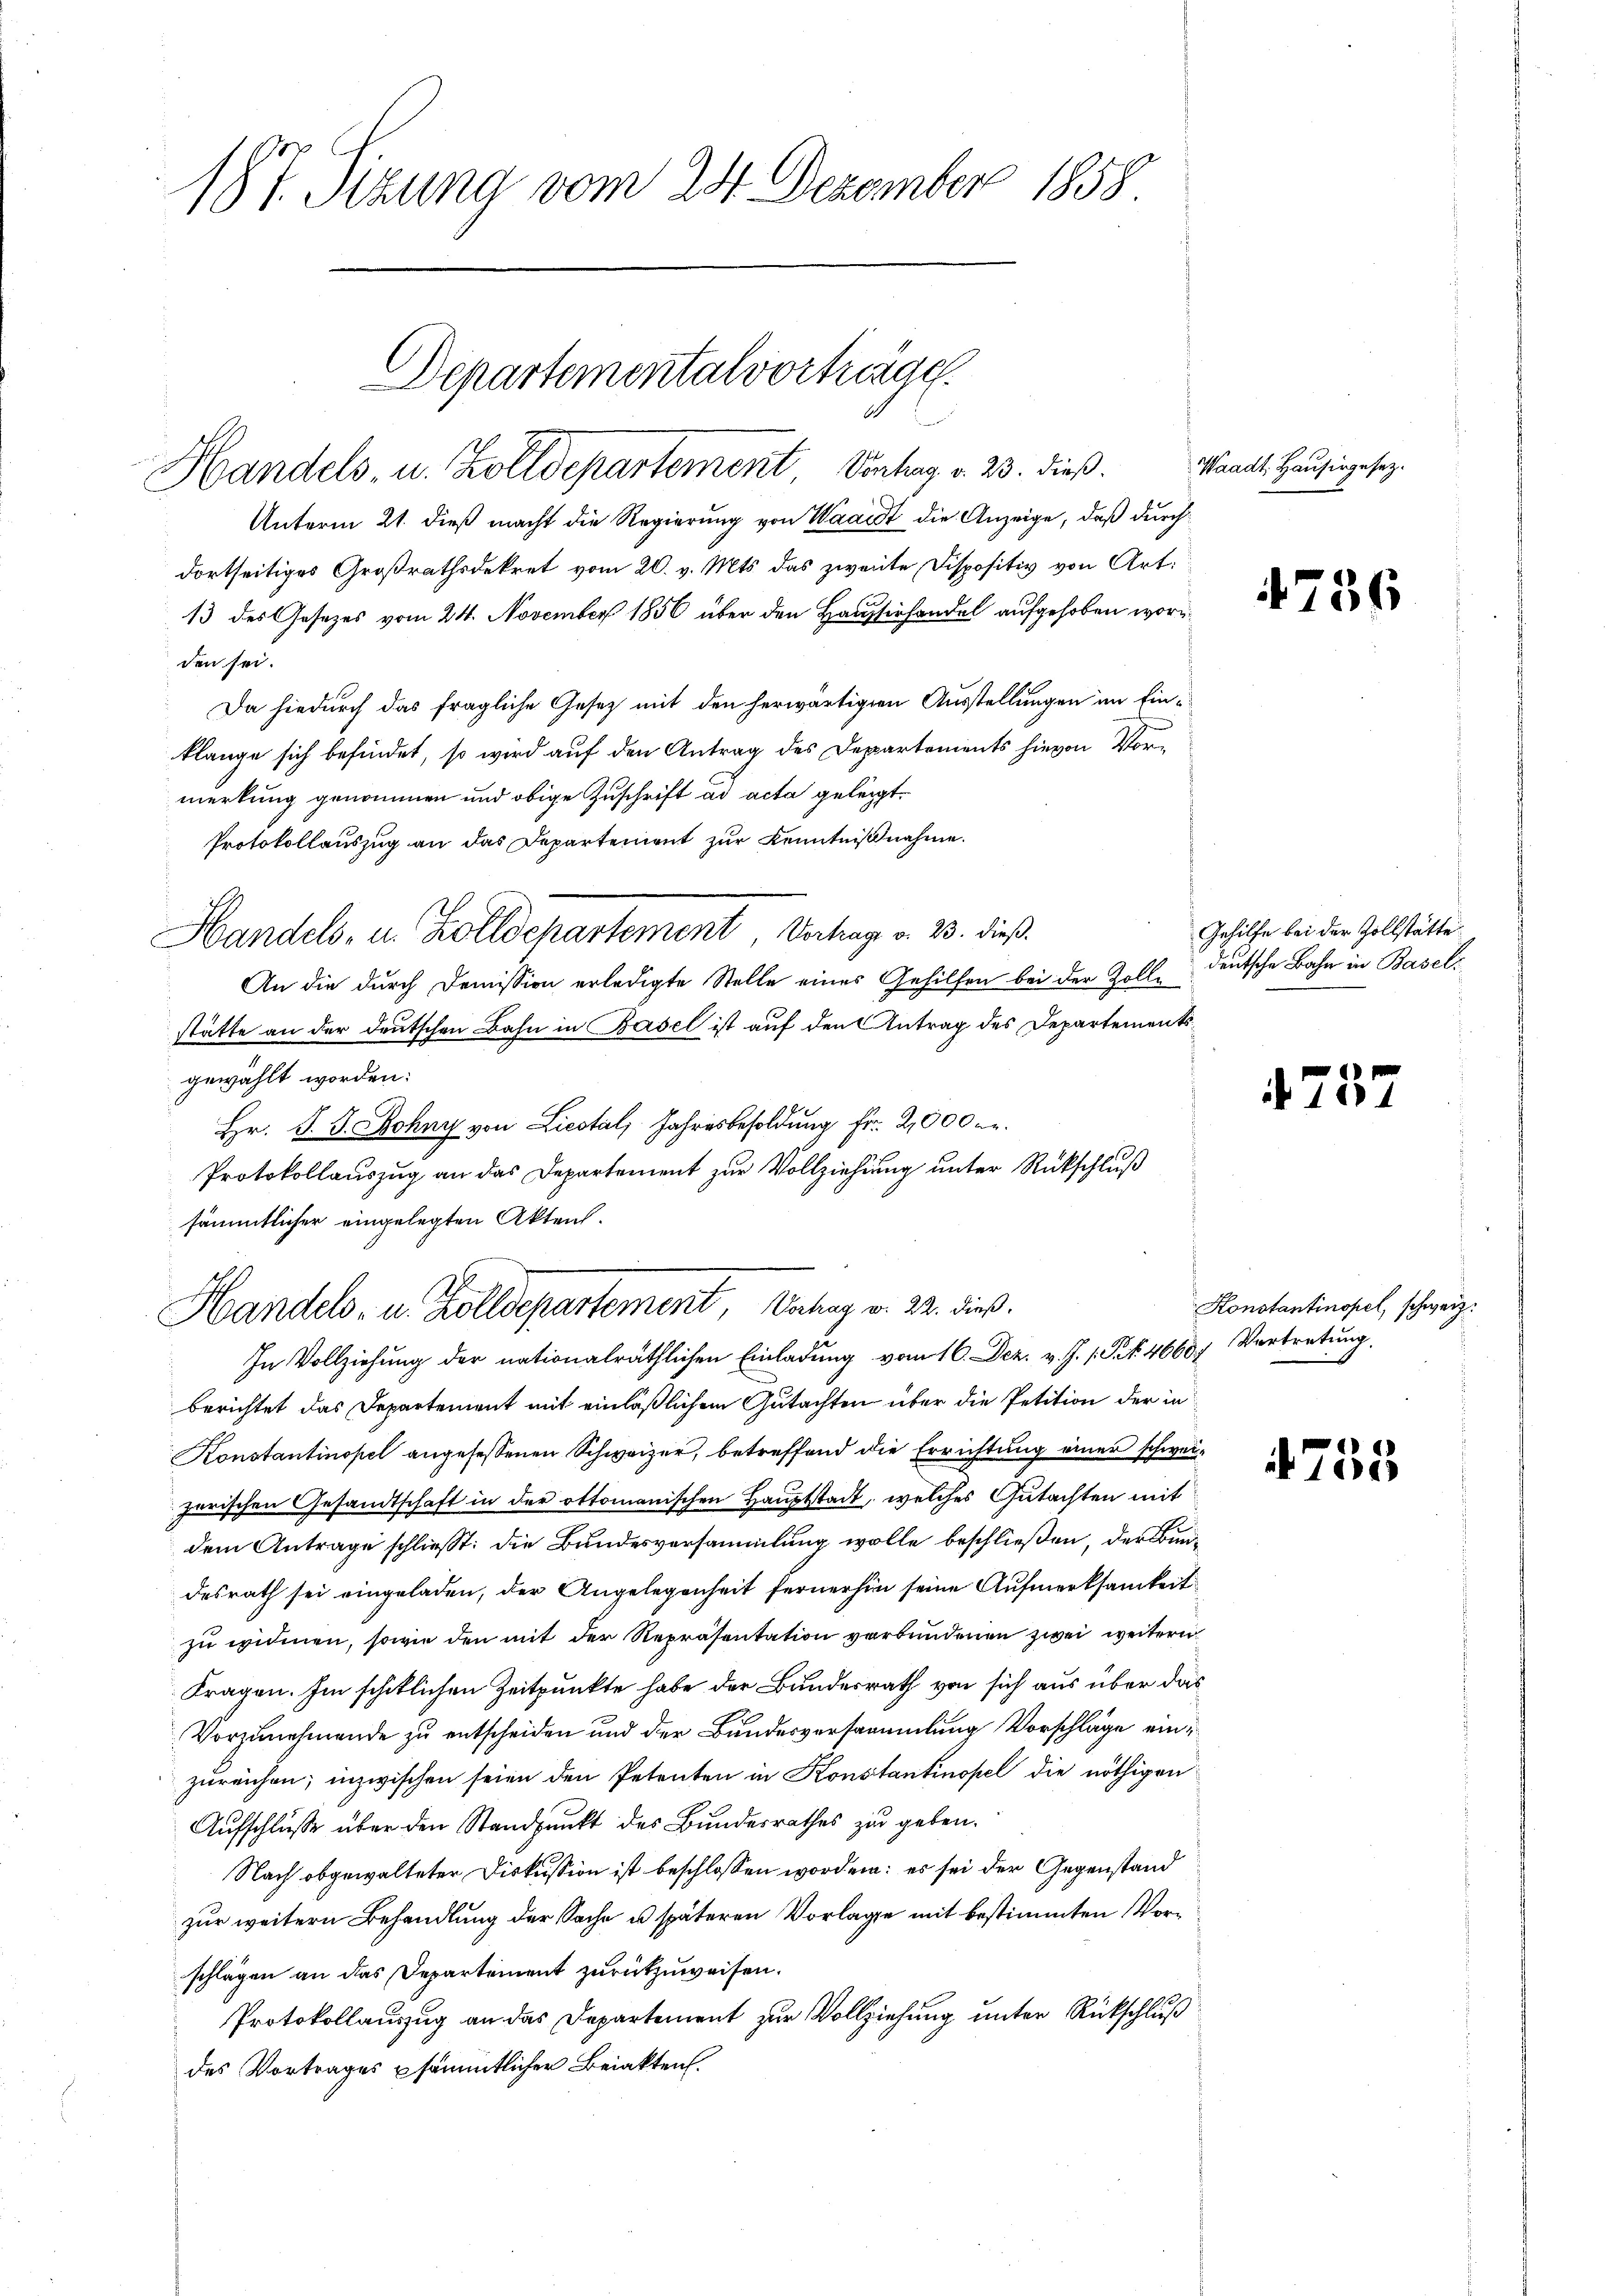
187. Sizung vom 24. Dezember 1858

Departementalvortrage
Handels- u. Zolldepartement Verhang v. 23. dieß.

Unterm 21. dieß macht die Regierung von Waadt die Anzeige, daß durch
dortseitiges Großrathsdekret vom 20. v. Mts. das zweite Dispositiv von Art.
13 des Gesezes vom 24. November 1856 über den Hausserhandel aufgehoben worden sei.
Da hiedurch das fragliche Gesetz mit den herwärtigen Ausstellungen im Einklange sich befindet, so wird auf den Antrag des Departements hievon Vormerkung genommen und obige Zuschrift ad acta geleigt.
Protokollauszug an das Departement zur Kenntnißnahme.
Handels- u. Zolldepartement Vertrag v. 23. dieß.
An die durch Demission erledigte Stelle eines Gehilfen bei der Zolle
stätte an der deutschen Bahn in Basel ist auf den Antrag des Departementsgewählt worden:
Hr. P. G. Rohny von Liestal, Jahresbesoldung fr. 2,000 gr.
Protokollauszug an das Departement zur Vollziehung unter Rückschluß
sämmtlicher eingelegten Akten.

Handels- u. Zolldepartement, Unhang v. 23. dieß.
In Vollziehung der nationalräthlichen Einladung vom 16. Dez. v. J. 1. Frk. 46607

berichtet das Departement mit einläßlichem Gutachten über die Petition der in
Konstantinopel angesessenen Schweizer, betreffend die Errichtung einer schweizerischen Gesandtschaft in der Ottomanischen Hauptstadt, welches Gutachten mit
dem Antrage schließt: die Bundesversammlung wolle beschließen, der Bundesrath sei eingeladen, der Angelegenheit fernerhin seine Aufmerksamkeit
zu widmen, sowie den mit der Repräsentation verbundenen zwei weitern
Fragen. Im schiklichen Zeitpunkte habe der Bundesrath von sich aus über das
Vorzunehmende zu entscheiden und der Bundesversammlung Vorschläge einzureichen; inzwischen seien den Petenten in Konstantinopel die nöthigen
Aufschlusse über den Standpunkt des Bundesrathes zu geben.
Nach obgewalteter Diskussion ist beschlossen worden: es sei der Gegenstand
zur weitern Behandlung der Sache u späteren Vorlage mit bestimmten Vorschlagen an das Departement zurückzuweisen.
Protokollauszug an das Departement zur Vollziehung unter Rückschluß
des Vortrages psämmtlichen Beiakten.

Waadt. Hausingesez.

756

Gehilfe bei der Zollstätte.
deutsche Bahn in Basel¬

737

Konstantinopel, schweiz.
Vertretung.

4755